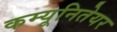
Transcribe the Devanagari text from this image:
कम्यूनितेयर